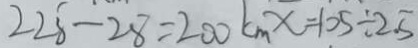
2 2 8 - 2 8 = 2 0 0 k m x = 1 0 5 \div 2 . 5